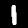
Label: 1